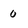
Character: 0